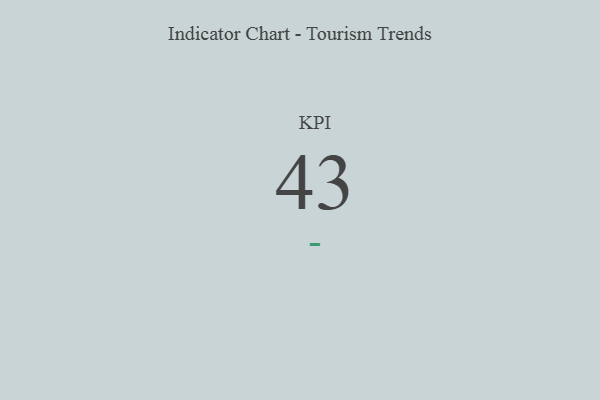
{"axis": {"x": "KPI", "y": "Value"}, "legend": [""], "data": [{"x": "KPI", "y": 43, "type": ""}]}